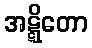
အဋ္ဋိတော